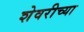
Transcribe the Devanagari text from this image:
शेवरीच्या